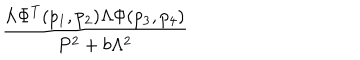
\frac { \Lambda \Phi ^ { T } ( p _ { 1 } , p _ { 2 } ) \Lambda \Phi ( p _ { 3 } , p _ { 4 } ) } { P ^ { 2 } + b \Lambda ^ { 2 } }